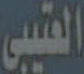
العتيبي